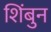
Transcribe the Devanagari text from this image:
शिंबुन